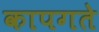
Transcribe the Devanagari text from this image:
कापगते